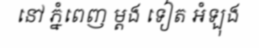
នៅ ភ្នំពេញ ម្តង ទៀត អំឡុង